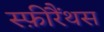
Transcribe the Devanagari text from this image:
स्फ़ीरैंथस